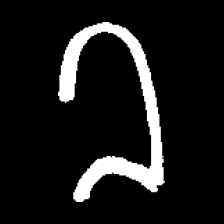
Pyu character \u2014 Myanmar letter: ခ (romanized: kha)